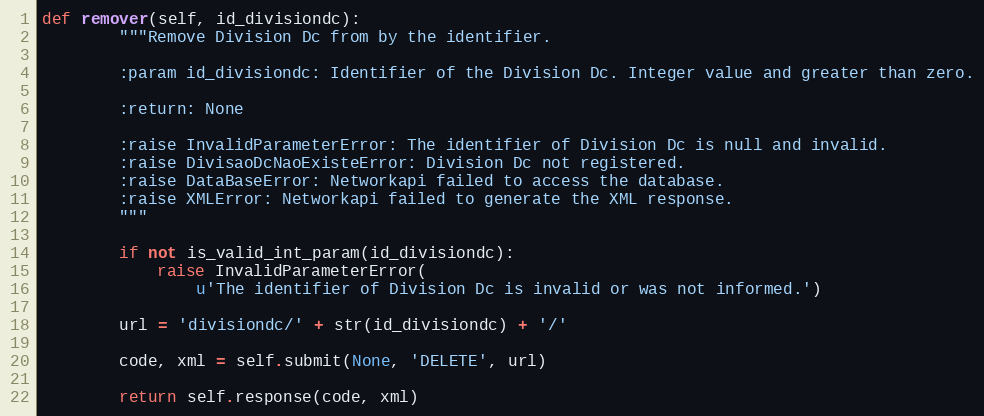
Language: Python
def remover(self, id_divisiondc):
        """Remove Division Dc from by the identifier.

        :param id_divisiondc: Identifier of the Division Dc. Integer value and greater than zero.

        :return: None

        :raise InvalidParameterError: The identifier of Division Dc is null and invalid.
        :raise DivisaoDcNaoExisteError: Division Dc not registered.
        :raise DataBaseError: Networkapi failed to access the database.
        :raise XMLError: Networkapi failed to generate the XML response.
        """

        if not is_valid_int_param(id_divisiondc):
            raise InvalidParameterError(
                u'The identifier of Division Dc is invalid or was not informed.')

        url = 'divisiondc/' + str(id_divisiondc) + '/'

        code, xml = self.submit(None, 'DELETE', url)

        return self.response(code, xml)